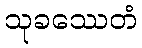
သုခဿေတံ